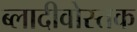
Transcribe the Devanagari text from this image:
ब्लादीवोस्तक